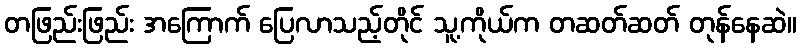
တဖြည်းဖြည်း အကြောက် ပြေလာသည့်တိုင် သူ့ကိုယ်က တဆတ်ဆတ် တုန်နေဆဲ။